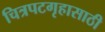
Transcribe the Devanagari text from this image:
चित्रपटगृहासाठी